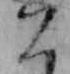
こ